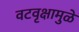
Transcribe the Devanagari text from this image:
वटवृक्षामुळे